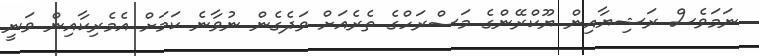
ނަމަވެސް ރަޝިޔާއިން ޔޫކްރޭންގެ މަސްރަހްގެ ތެރެއަށް ވަދެގެން ނުވާނެ ކަމަށް އެމެރިކާއިން ވަނީ